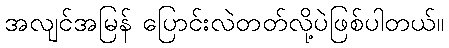
အလျင်အမြန် ပြောင်းလဲတတ်လို့ပဲဖြစ်ပါတယ်။